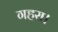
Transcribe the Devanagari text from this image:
गहरा।